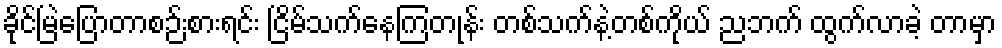
ခိုင်မြဲပြောတာစဉ်းစားရင်း ငြိမ်သက်နေကြတုန်း တစ်သက်နဲ့တစ်ကိုယ် ညဘက် ထွက်လာခဲ့ တာမှာ